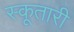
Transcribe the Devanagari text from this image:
स्कूतारी